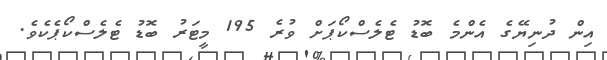
އިން ދުނިޔޭގެ އެންމެ ބޮޑު ޓެލެސްކޯޕަށް ވުރެ 195 މީޓަރު ބޮޑު ޓެލެސްކޯޕެކެވެ.